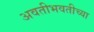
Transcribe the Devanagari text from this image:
अवतीभवतीच्या